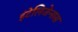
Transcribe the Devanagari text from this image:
इंटेलिजेन्सस